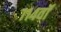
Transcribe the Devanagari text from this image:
११४वॉ